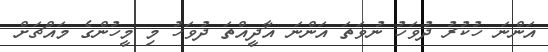
އަންނަ ހުކުރު ދުވަހު ނުވަތަ އަންނަ އާދީއްތަ ދުވަހު މި މީހުންގެ މައްޗަށް